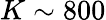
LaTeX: K\sim 800